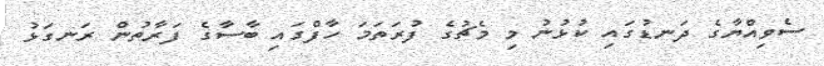
ސެވިއްޔާގެ ދަނޑުގައި ކުޅުނު މި މެޗުގެ ފުރަތަމަ ހާފްގައި ބާސާގެ ފަރާތުން ރަނގަޅު